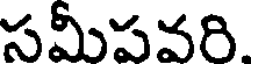
సమీపవరి